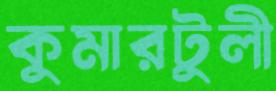
কুমারটুলী